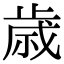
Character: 歳